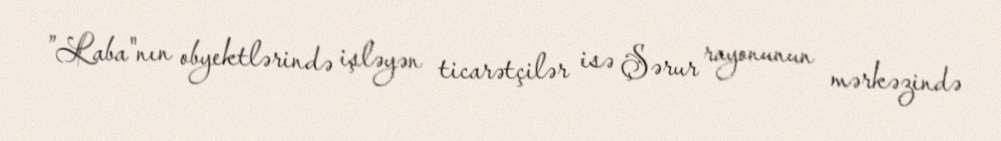
”Laba"nın obyektlərində işləyən ticarətçilər isə Şərur rayonunun mərkəzində